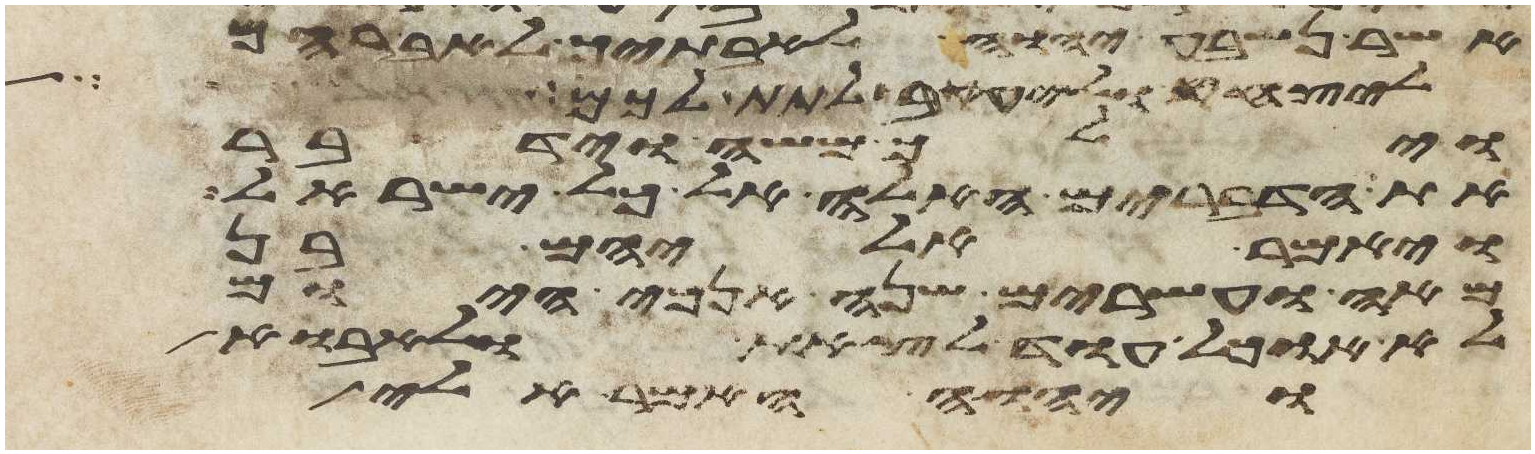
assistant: אשר נשבע יהוה לאבתיך לאברהם
ליצחק וליעקב לתת לכם
וילך משה וידבר
את הדברים האלה אל כל ישראל
ויאמר אליהם בן
מאה ועשרים שנה אנכי היום
לא אוכל עוד לצאת ולאבוא
ויהוה האמר אלי